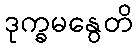
ဒုက္ခမနွေတိ